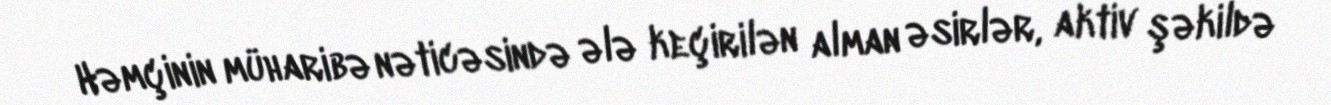
Həmçinin müharibə nəticəsində ələ keçirilən alman əsirlər, aktiv şəkildə